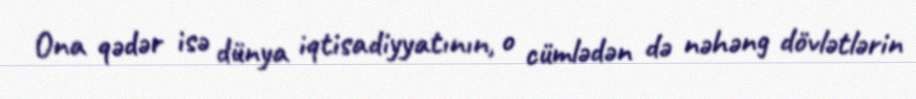
Ona qədər isə dünya iqtisadiyyatının, o cümlədən də nəhəng dövlətlərin